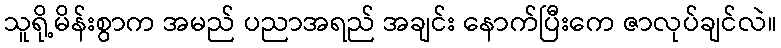
သူရို့မိန်းစွာက အမည် ပညာအရည် အချင်း နောက်ပြီးကေ ဇာလုပ်ချင်လဲ။